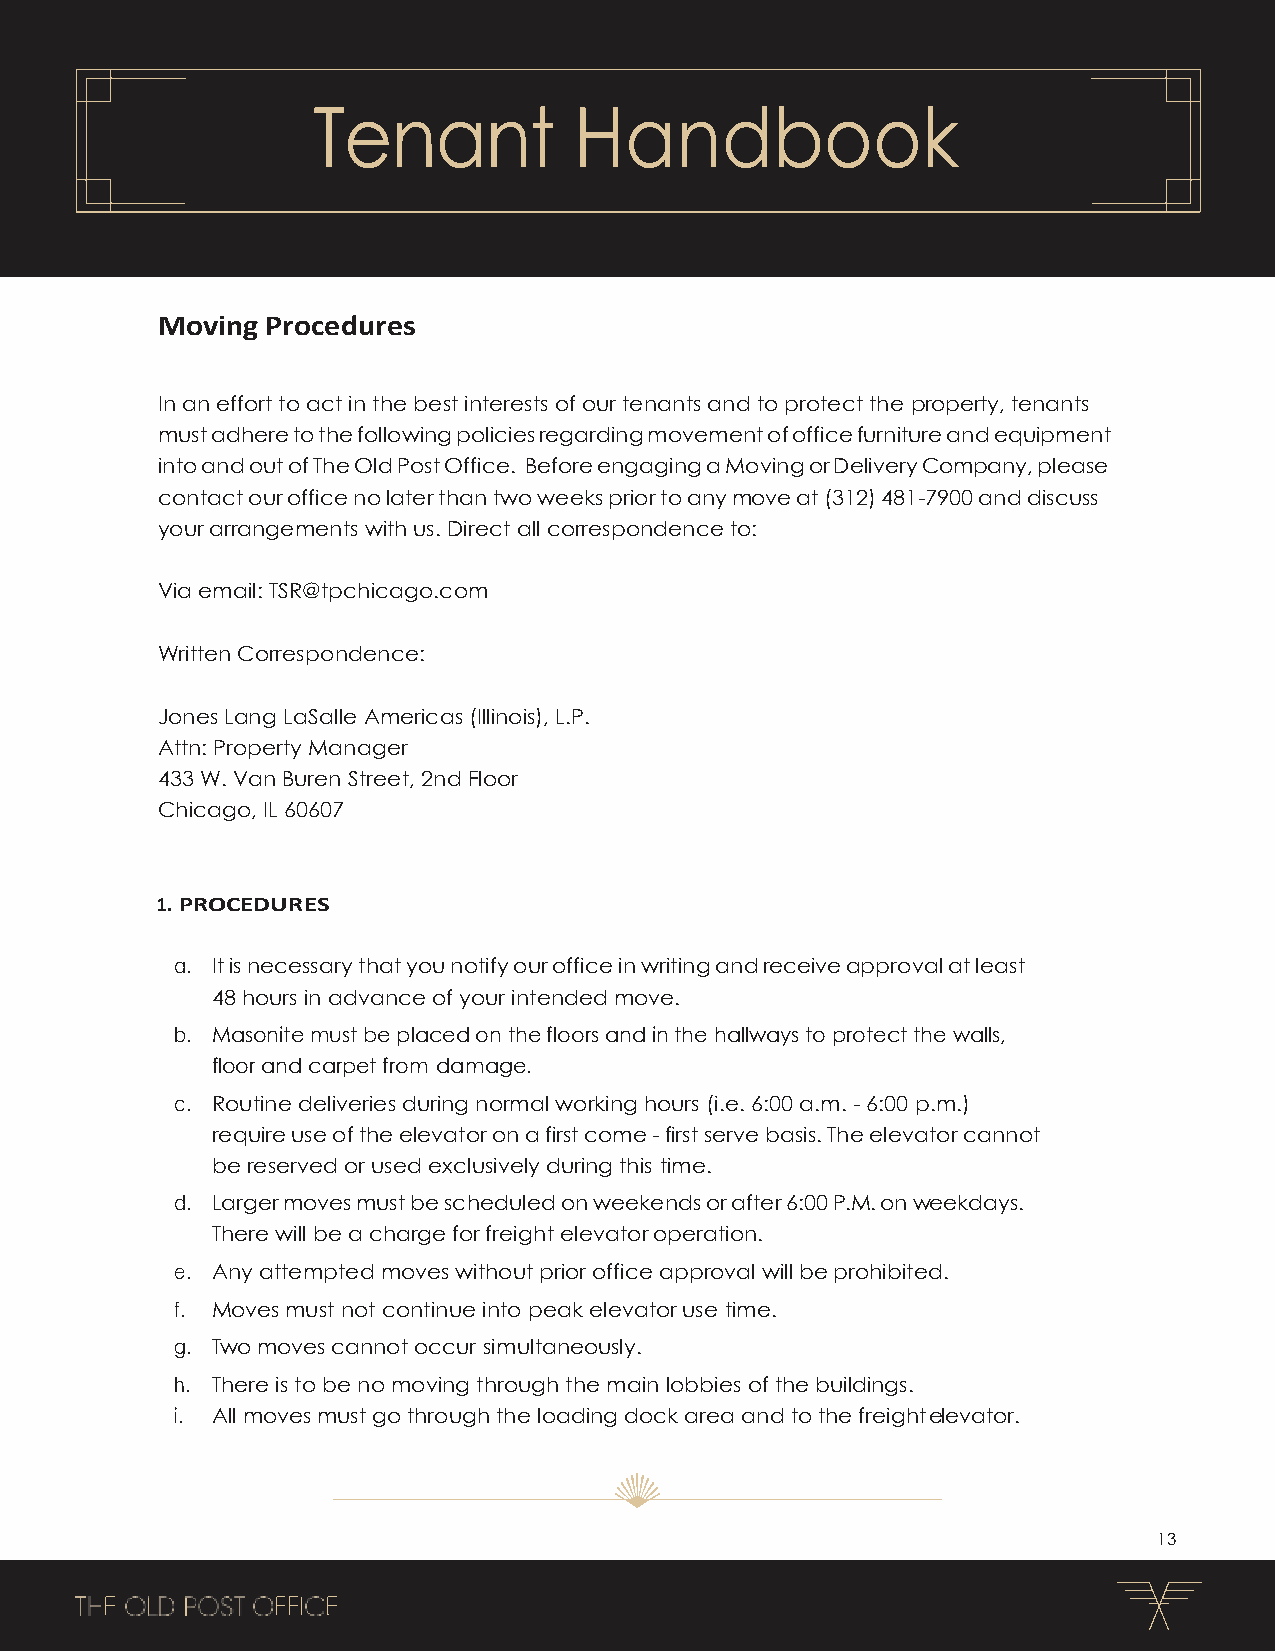
Tenant           Handbook
 Moving  Procedures
 In an effort to act in the best interests of our tenants and to protect the property, tenants
 must adhere to the following policies regarding movement of office furniture and equipment
 into and out of The Old Post Office. Before engaging a Moving or Delivery Company, please
 contact our office no later than two weeks prior to any move at (312) 481-7900 and discuss
 your arrangements with us. Direct all correspondence to:
 Via email: TSR@tpchicago.com
 Written Correspondence:
 Jones Lang LaSalle Americas (Illinois), L.P.
 Attn: Property Manager
 433 W. Van Buren Street, 2nd Floor
 Chicago, IL 60607
 1. PROCEDURES
 a. It is necessary that you notify our office in writing and receive approval at least
 48 hours in advance of your intended move.
 b. Masonite must be placed on the floors and in the hallways to protect the walls,
 floor and carpet from damage.
 c. Routine deliveries during normal working hours (i.e. 6:00 a.m. - 6:00 p.m.)
 require use of the elevator on a first come - first serve basis. The elevator cannot
 be reserved or used exclusively during this time.
 d. Larger moves must be scheduled on weekends or after 6:00 P.M. on weekdays.
 There will be a charge for freight elevator operation.
 e. Any attempted moves without prior office approval will be prohibited.
 f. Moves must not continue into peak elevator use time.
 g. Two moves cannot occur simultaneously.
 h. There is to be no moving through the main lobbies of the buildings.
 i. All moves must go through the loading dock area and to the freight elevator.
 13